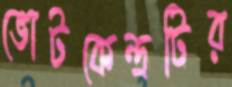
ভোটকেন্দ্রটির